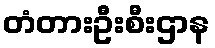
တံတားဦးစီးဌာန